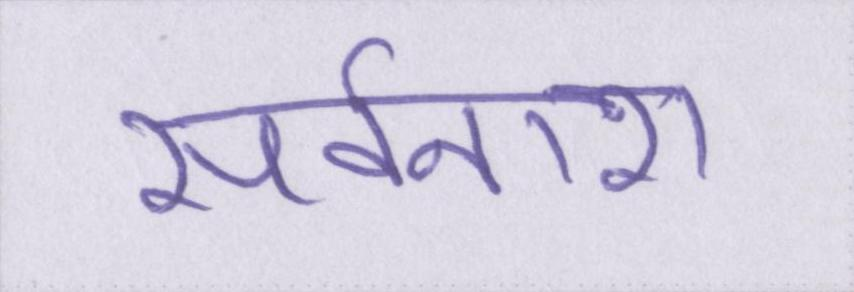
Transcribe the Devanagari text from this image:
सर्वनाश